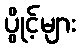
ပွိုင့်များ